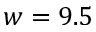
w = 9 . 5